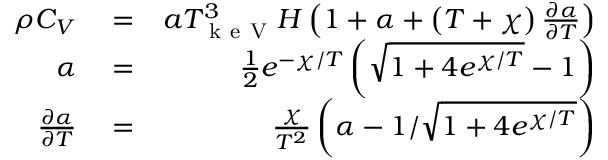
\begin{array} { r l r } { \rho C _ { V } } & { { } = } & { a T _ { \mathrm { ~ k ~ e ~ V ~ } } ^ { 3 } H \left( 1 + \alpha + \left( T + \chi \right) \frac { \partial \alpha } { \partial T } \right) } \\ { \alpha } & { { } = } & { \frac { 1 } { 2 } e ^ { - \chi / T } \left( \sqrt { 1 + 4 e ^ { \chi / T } } - 1 \right) } \\ { \frac { \partial \alpha } { \partial T } } & { { } = } & { \frac { \chi } { T ^ { 2 } } \left( \alpha - 1 / \sqrt { 1 + 4 e ^ { \chi / T } } \right) } \end{array}